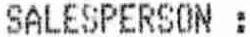
SALESPERSON: